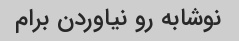
نوشابه رو نیاوردن برام